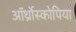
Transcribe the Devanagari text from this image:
ऑर्थ्रोस्कोपिया